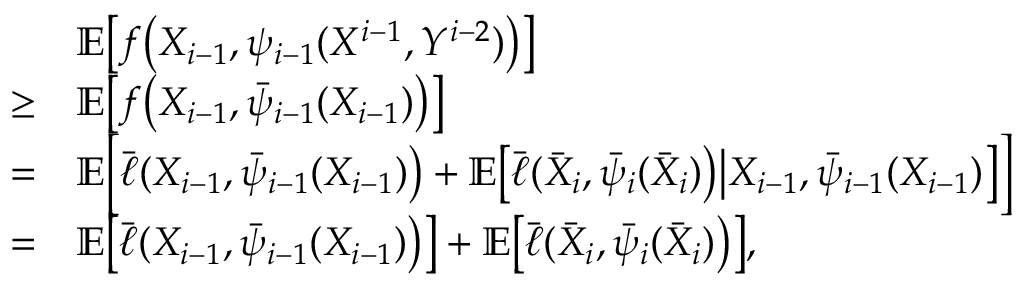
\begin{array} { r l } & { \mathbb { E } \big [ f \big ( X _ { i - 1 } , \psi _ { i - 1 } ( X ^ { i - 1 } , Y ^ { i - 2 } ) \big ) \big ] } \\ { \ge } & { \mathbb { E } \big [ f \big ( X _ { i - 1 } , \bar { \psi } _ { i - 1 } ( X _ { i - 1 } ) \big ) \big ] } \\ { = } & { \mathbb { E } \Big [ \bar { \ell } ( X _ { i - 1 } , \bar { \psi } _ { i - 1 } ( X _ { i - 1 } ) \big ) + \mathbb { E } \big [ \bar { \ell } ( \bar { X } _ { i } , \bar { \psi } _ { i } ( \bar { X } _ { i } ) \big ) \big | X _ { i - 1 } , \bar { \psi } _ { i - 1 } ( X _ { i - 1 } ) \big ] \Big ] } \\ { = } & { \mathbb { E } \big [ \bar { \ell } ( X _ { i - 1 } , \bar { \psi } _ { i - 1 } ( X _ { i - 1 } ) \big ) \big ] + \mathbb { E } \big [ \bar { \ell } ( \bar { X } _ { i } , \bar { \psi } _ { i } ( \bar { X } _ { i } ) \big ) \big ] , } \end{array}